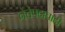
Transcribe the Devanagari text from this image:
नेतेपदाचाही